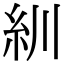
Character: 紃